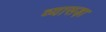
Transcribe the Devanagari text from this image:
व्यासड़ा